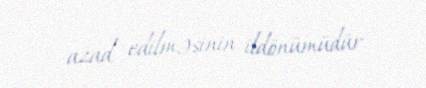
azad edilməsinin ildönümüdür.